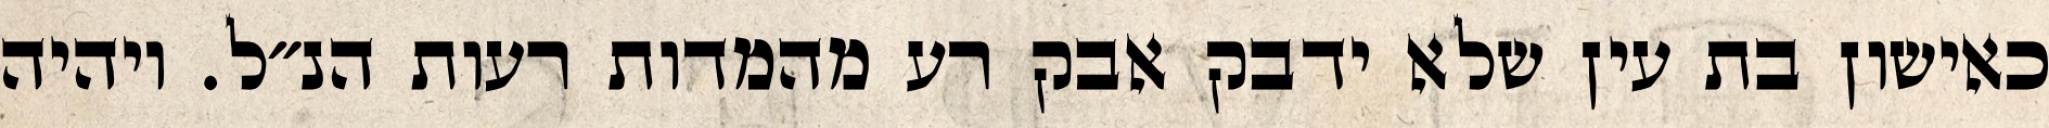
כאישון בת עין שלא ידבק אבק רע מהמדות רעות הנ״ל. ויהיה